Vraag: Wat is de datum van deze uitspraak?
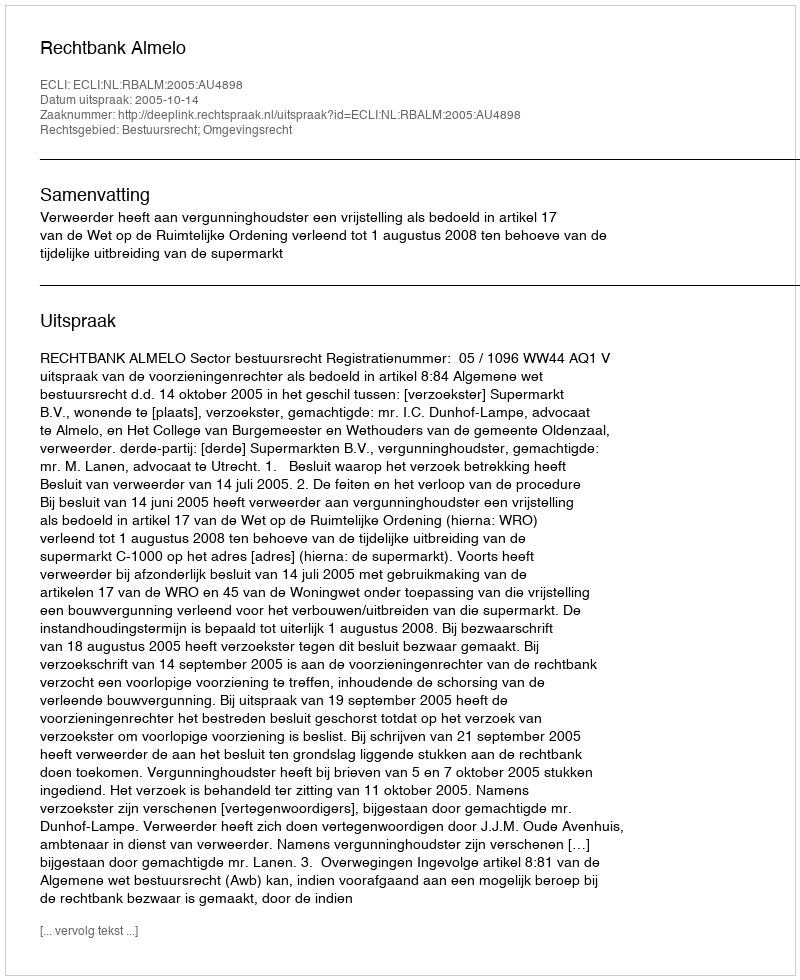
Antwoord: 2005-10-14